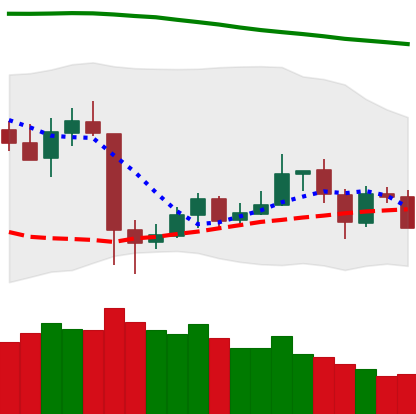
Ticker: LTC-USD
Chart end date: 2020-05-24
Forward return: 5.191%
Label: up_5_7